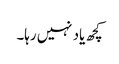
کچھ یاد نہیں رہا۔